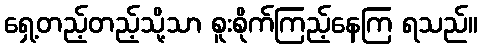
ရှေ့တည့်တည့်သို့သာ စူးစိုက်ကြည့်နေကြ ရသည်။